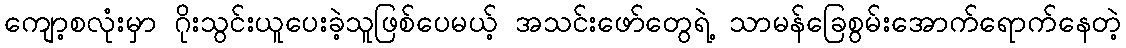
ကျော့စလုံးမှာ ဂိုးသွင်းယူပေးခဲ့သူဖြစ်ပေမယ့် အသင်းဖော်တွေရဲ့ သာမန်ခြေစွမ်းအောက်ရောက်နေတဲ့